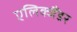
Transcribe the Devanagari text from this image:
एलिक्जैंडर